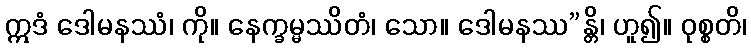
ဣဒံ ဒေါမနဿံ၊ ကို။ နေက္ခမ္မဿိတံ၊ သော။ ဒေါမနဿ”န္တိ၊ ဟူ၍။ ဝုစ္စတိ၊